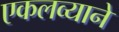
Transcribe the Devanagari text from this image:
एकलव्याने